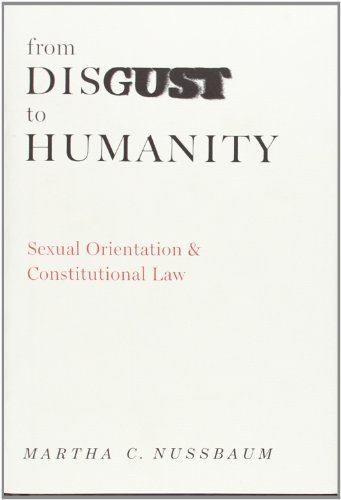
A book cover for From Disgust to Humanity: Sexual Orientation and Constitutional Law (Inalienable Rights Series); Martha C. Nussbaum; Gay & Lesbian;